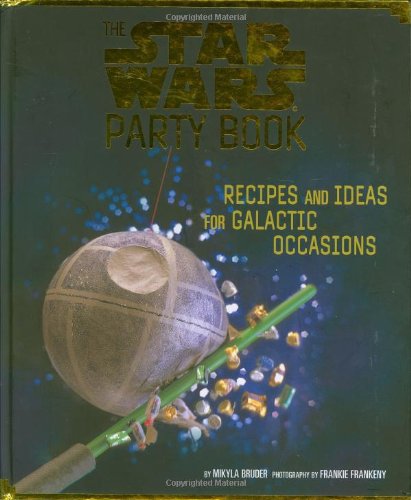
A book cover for The Star Wars Party Book: Recipes and Ideas for Galactic Occasions; Mikyla Bruder; Teen & Young Adult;